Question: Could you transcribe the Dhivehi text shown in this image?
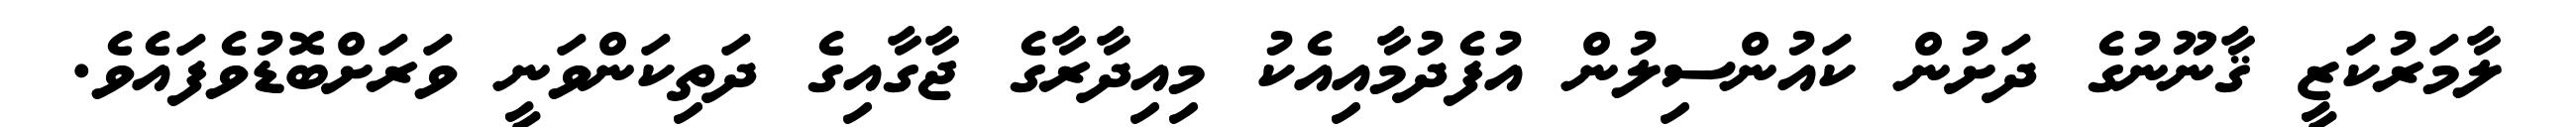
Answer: ލާމަރުކަޒީ ޤާނޫނުގެ ދަށުން ކައުންސިލުން އުފެދުމާއިއެކު މިއިދާރާގެ ޖާގާއިގެ ދަތިކަންވަނީ ވަރަށްބޮޑުވެފައެވެ.